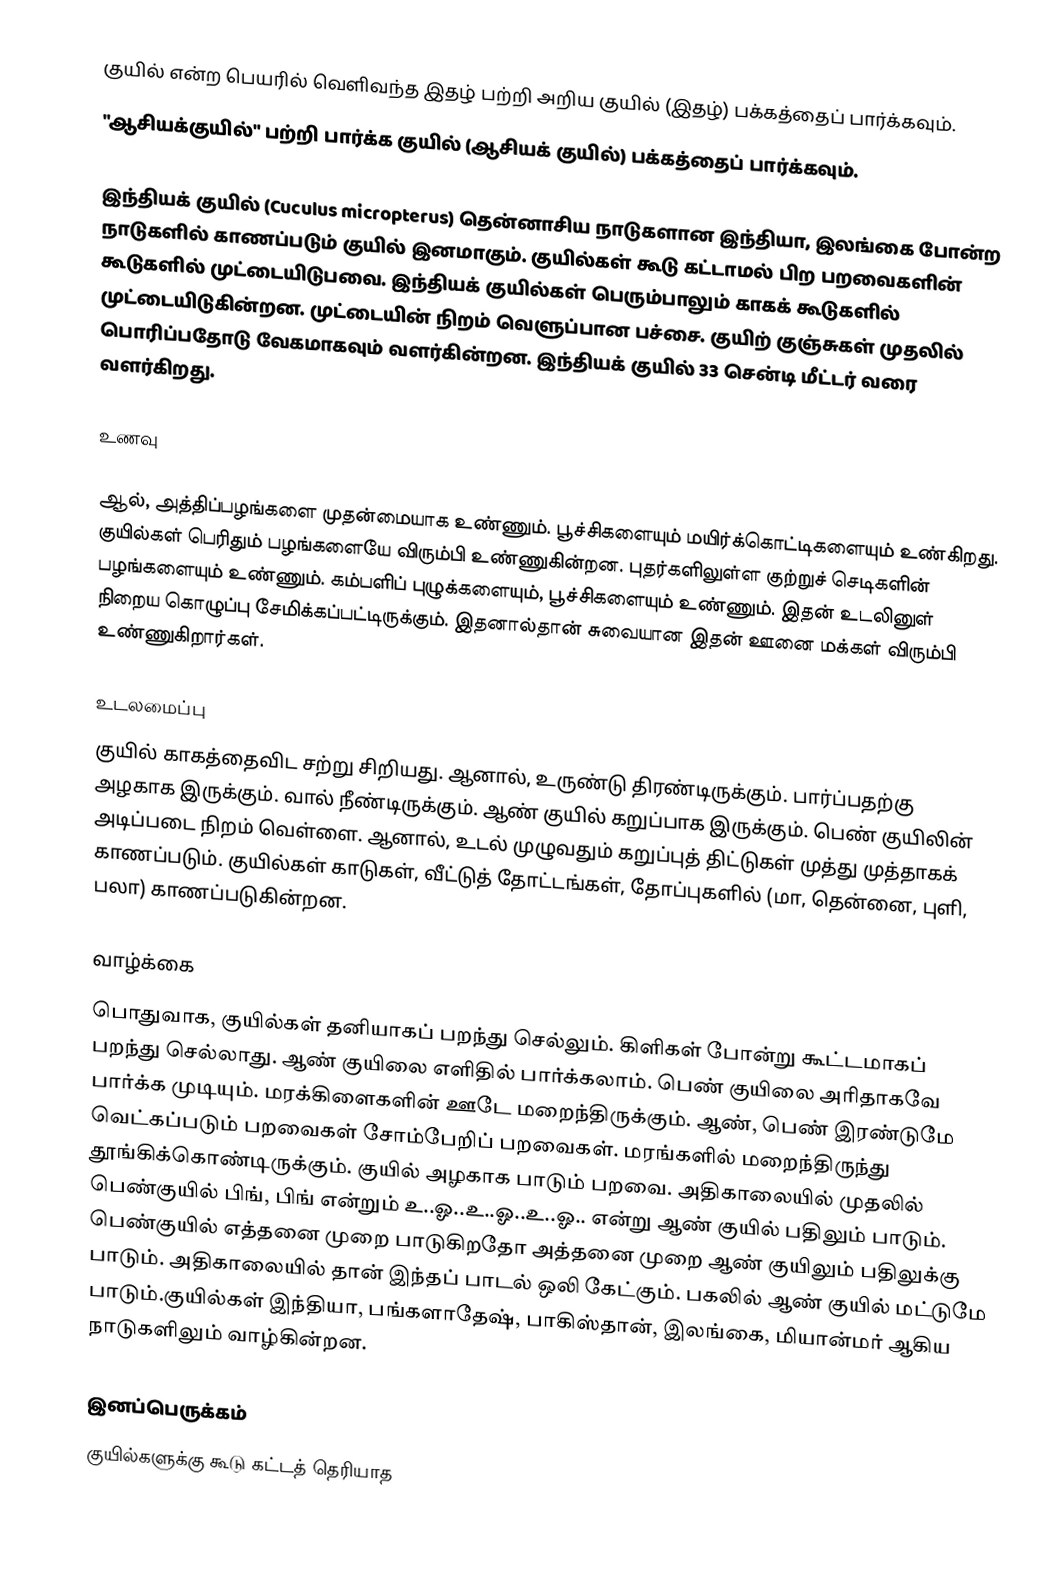
குயில் என்ற பெயரில் வெளிவந்த இதழ் பற்றி அறிய குயில் (இதழ்) பக்கத்தைப் பார்க்கவும்.
 "ஆசியக்குயில்" பற்றி பார்க்க குயில் (ஆசியக் குயில்) பக்கத்தைப் பார்க்கவும்.

இந்தியக் குயில் (Cuculus micropterus) தென்னாசிய நாடுகளான இந்தியா, இலங்கை போன்ற நாடுகளில் காணப்படும் குயில் இனமாகும். குயில்கள் கூடு கட்டாமல் பிற பறவைகளின் கூடுகளில் முட்டையிடுபவை. இந்தியக் குயில்கள் பெரும்பாலும் காகக் கூடுகளில் முட்டையிடுகின்றன. முட்டையின் நிறம் வெளுப்பான பச்சை. குயிற் குஞ்சுகள் முதலில் பொரிப்பதோடு வேகமாகவும் வளர்கின்றன. இந்தியக் குயில் 33 சென்டி மீட்டர் வரை வளர்கிறது.

உணவு

ஆல், அத்திப்பழங்களை முதன்மையாக உண்ணும். பூச்சிகளையும் மயிர்க்கொட்டிகளையும் உண்கிறது. குயில்கள் பெரிதும் பழங்களையே விரும்பி உண்ணுகின்றன. புதர்களிலுள்ள குற்றுச் செடிகளின் பழங்களையும் உண்ணும். கம்பளிப் புழுக்களையும், பூச்சிகளையும் உண்ணும். இதன் உடலினுள் நிறைய கொழுப்பு சேமிக்கப்பட்டிருக்கும். இதனால்தான் சுவையான இதன் ஊனை மக்கள் விரும்பி உண்ணுகிறார்கள்.

உடலமைப்பு
குயில் காகத்தைவிட சற்று சிறியது. ஆனால், உருண்டு திரண்டிருக்கும். பார்ப்பதற்கு அழகாக இருக்கும். வால் நீண்டிருக்கும். ஆண் குயில் கறுப்பாக இருக்கும். பெண் குயிலின் அடிப்படை நிறம் வெள்ளை. ஆனால், உடல் முழுவதும் கறுப்புத் திட்டுகள் முத்து முத்தாகக் காணப்படும். குயில்கள் காடுகள், வீட்டுத் தோட்டங்கள், தோப்புகளில் (மா, தென்னை, புளி, பலா) காணப்படுகின்றன.

வாழ்க்கை
பொதுவாக, குயில்கள் தனியாகப் பறந்து செல்லும். கிளிகள் போன்று கூட்டமாகப் பறந்து செல்லாது. ஆண் குயிலை எளிதில் பார்க்கலாம். பெண் குயிலை அரிதாகவே பார்க்க முடியும். மரக்கிளைகளின் ஊடே மறைந்திருக்கும். ஆண், பெண் இரண்டுமே வெட்கப்படும் பறவைகள் சோம்பேறிப் பறவைகள். மரங்களில் மறைந்திருந்து தூங்கிக்கொண்டிருக்கும். குயில் அழகாக பாடும் பறவை. அதிகாலையில் முதலில் பெண்குயில் பிங், பிங் என்றும் உ..ஓ..உ..ஓ..உ..ஓ.. என்று ஆண் குயில் பதிலும் பாடும். பெண்குயில் எத்தனை முறை பாடுகிறதோ அத்தனை முறை ஆண் குயிலும் பதிலுக்கு பாடும். அதிகாலையில் தான் இந்தப் பாடல் ஒலி கேட்கும். பகலில் ஆண் குயில் மட்டுமே பாடும்.குயில்கள் இந்தியா, பங்களாதேஷ், பாகிஸ்தான், இலங்கை, மியான்மர் ஆகிய நாடுகளிலும் வாழ்கின்றன.

இனப்பெருக்கம்
குயில்களுக்கு கூடு கட்டத் தெரியாத